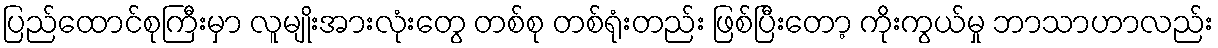
ပြည်ထောင်စုကြီးမှာ လူမျိုးအားလုံးတွေ တစ်စု တစ်ရုံးတည်း ဖြစ်ပြီးတော့ ကိုးကွယ်မှု ဘာသာဟာလည်း